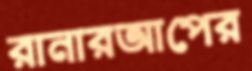
রানারআপের